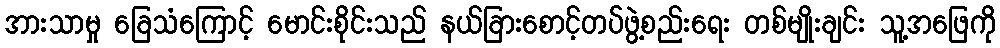
အားသာမှု ခြေသံကြောင့် မောင်းစိုင်းသည် နယ်ခြားစောင့်တပ်ဖွဲ့စည်းရေး တစ်မျိုးချင်း သူ့အဖြေကို